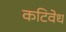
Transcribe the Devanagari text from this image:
कटिवेध